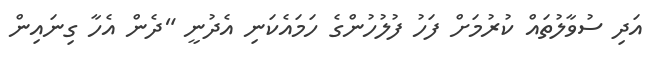
އަދި ސުވާލުތައް ކުރުމަށް ފަހު ފުލުހުންގެ ހަމައެކަނި އެދުނީ "ދެން އެހާ ގިނައިން